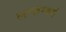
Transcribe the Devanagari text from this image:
लग्ज़म्बर्ग